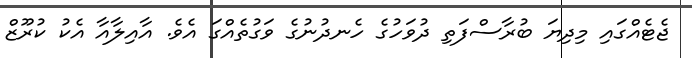
ޖެޓެއްގައި މިދިޔަ ބުރާސްފަތި ދުވަހުގެ ހެނދުނުގެ ވަގުތެއްގަ އެވެ. އާއިލާއާ އެކު ކުރޫޒް